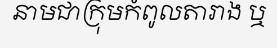
នាមជាក្រុមកំពូលតារាង ឬ